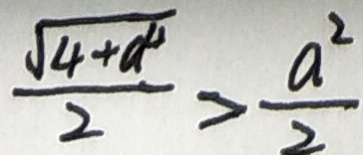
\frac { \sqrt { 4 + a ^ { 4 } } } { 2 } > \frac { a ^ { 2 } } { 2 }